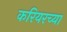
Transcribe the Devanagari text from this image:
करियरच्या